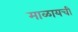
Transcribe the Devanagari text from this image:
माळायची